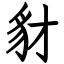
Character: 豺